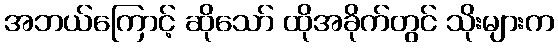
အဘယ်ကြောင့် ဆိုသော် ထိုအခိုက်တွင် သိုးများက